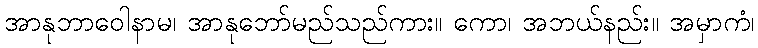
အာနုဘာဝေါနာမ၊ အာနုဘော်မည်သည်ကား။ ကော၊ အဘယ်နည်း။ အမှာကံ၊